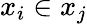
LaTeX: x_{i}\in x_{j}